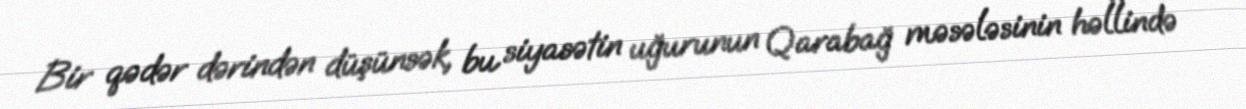
Bir qədər dərindən düşünsək, bu siyasətin uğurunun Qarabağ məsələsinin həllində